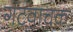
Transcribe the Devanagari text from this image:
गटवाचक